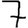
Digit: 7